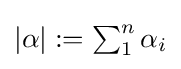
{\textstyle |\alpha |:=\sum _{1}^{n}\alpha _{i}}